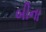
બીના